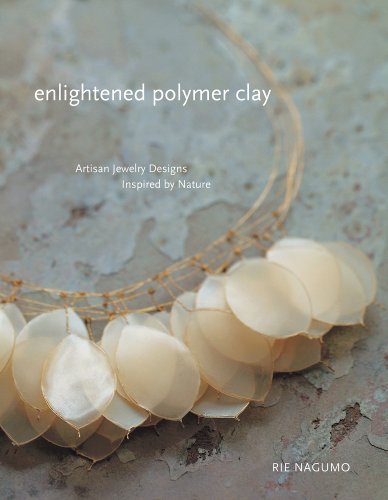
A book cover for Enlightened Polymer Clay: Artisan Jewelry Designs Inspired by Nature; Rie Nagumo; Crafts, Hobbies & Home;